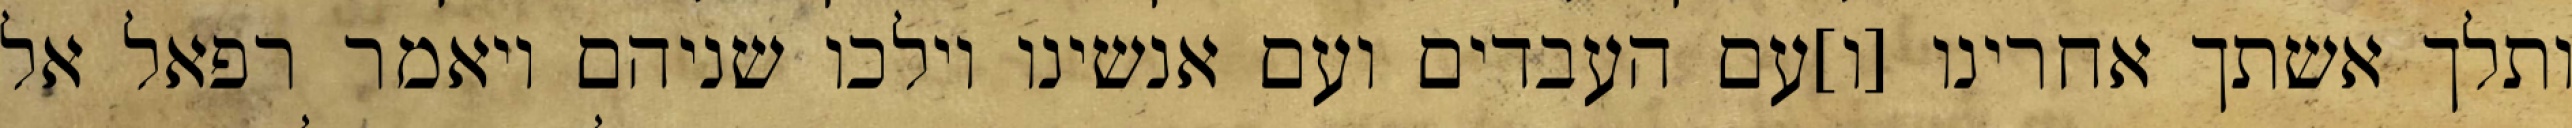
ותלך אשתך אחרינו [ו]עם העבדים ועם אנשינו וילכו שניהם ויאמר רפאל אל